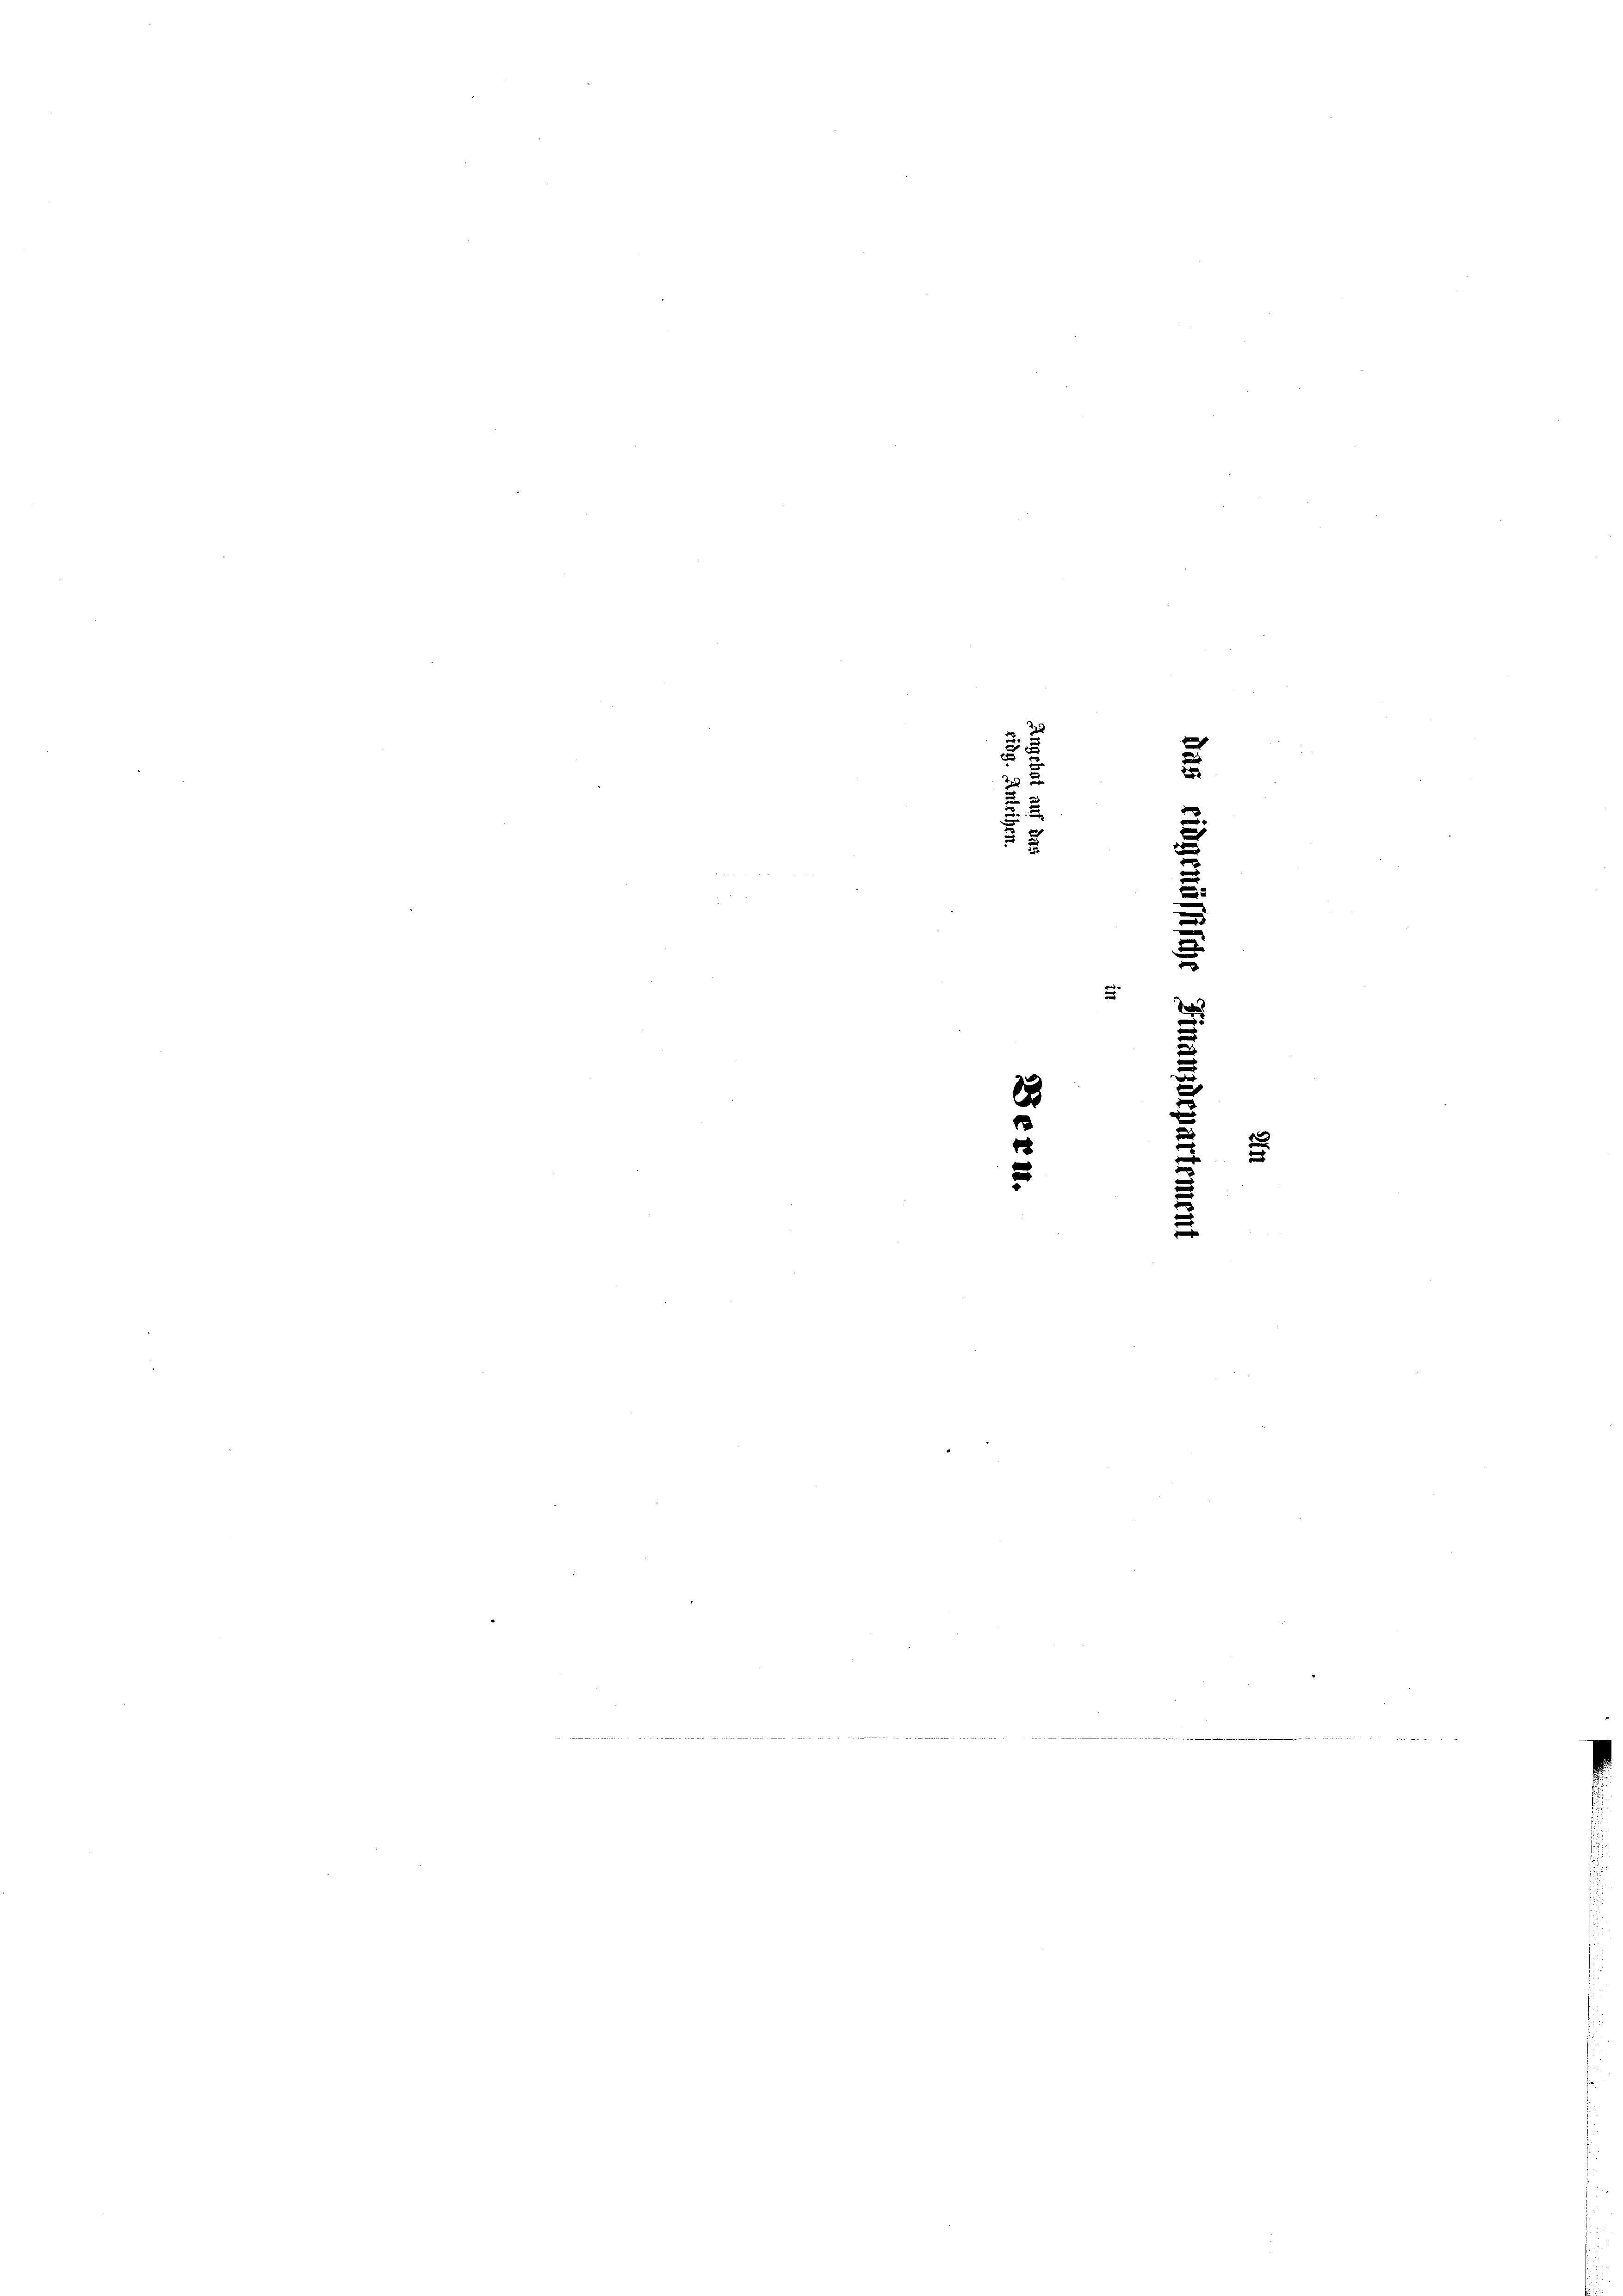
s
u
5
u
u
e

2
.

¬
r
u
¬